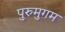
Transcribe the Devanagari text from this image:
पुरुमुगम